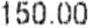
150.00